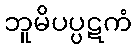
ဘူမိပပ္ပဋကံ